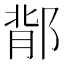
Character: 鄁